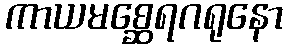
ကာယမစ္ဆေရဂရုနော